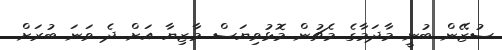
ސުޒޭން ބުނީ މާދަމާގެ މެޗުން މޮޅުވިޔަސް މާޒިޔާ އަށް ދެ ވަނަ ބުރަށް